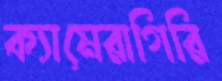
ক্যামেরাগিরি